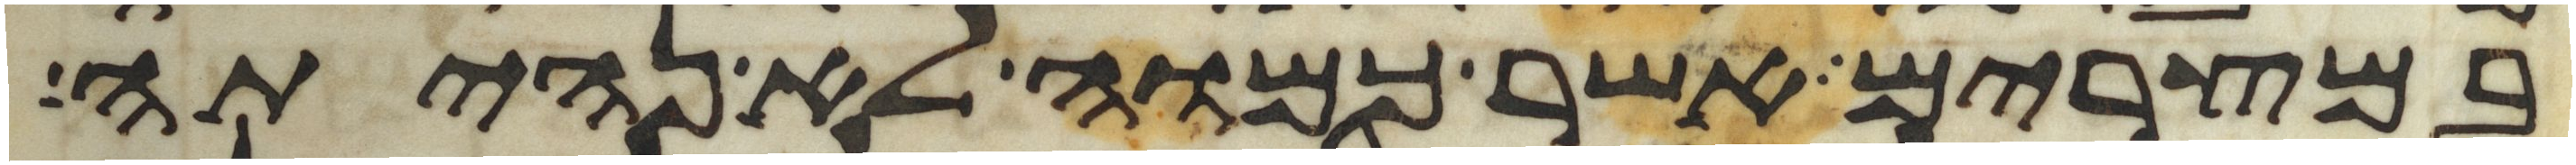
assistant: במצרים אשר כמוה לא נהיתה